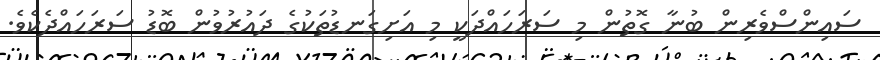
ސައިންސްވެރިން ބުނާ ގޮތުން މި ސަރަހައްދަކީ މި އަށިގަނޑުތަކުގެ ދައުރުވުން ބޮޑު ސަރަހައްދެކެވެ.